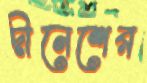
দীনেশের